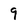
Character: 9